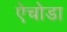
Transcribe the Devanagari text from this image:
ऐचोडा